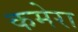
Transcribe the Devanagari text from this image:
कमेरा